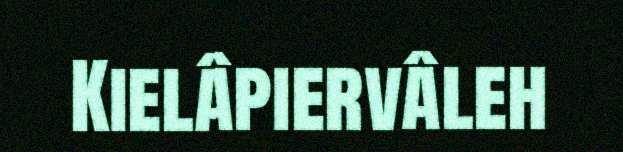
Kielâpiervâleh